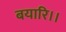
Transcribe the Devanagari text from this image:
बयारि।।